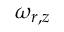
\omega _ { r , z }